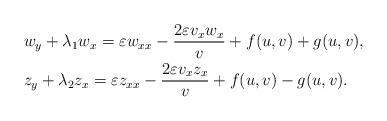
\begin{align*}&w_y+\lambda_1w_x=\varepsilon w_{xx}-\frac{2\varepsilon v_xw_{x}}{v}+f(u,v)+g(u,v),\\&z_y+\lambda_2z_x=\varepsilon z_{xx}-\frac{2\varepsilon v_xz_{x}}{v}+f(u,v)-g(u,v).\end{align*}